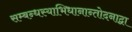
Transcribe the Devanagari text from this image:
सम्बन्धस्याभिधानान्तोदनाद्वा